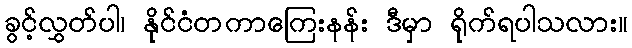
ခွင့်လွှတ်ပါ၊ နိုင်ငံတကာကြေးနန်း ဒီမှာ ရိုက်ရပါသလား။